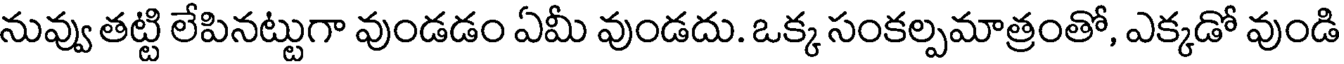
నువ్వు తట్టి లేపినట్టుగా వుండడం ఏమీ వుండదు. ఒక్క సంకల్పమాత్రంతో, ఎక్కడో వుండి